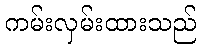
ကမ်းလှမ်းထားသည်